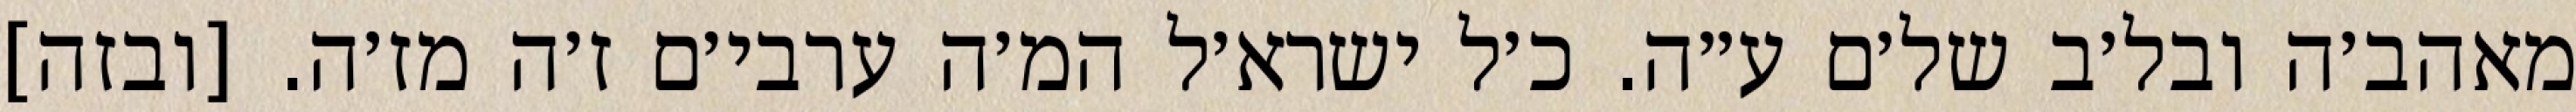
מאהב׳ה ובל׳ב של׳ם ע״ה. כ׳ל ישרא׳ל המ׳ה ערבי׳ם ז׳ה מז׳ה. [ובזה]